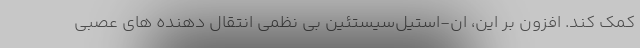
کمک کند. افزون بر این، ان-استیل‌سیستئین بی نظمی انتقال دهنده های عصبی